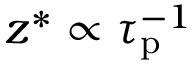
z ^ { \ast } \propto \tau _ { \mathrm { p } } ^ { - 1 }